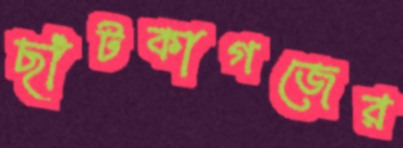
ছাঁটকাগজের